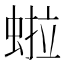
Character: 𬠏